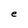
Character: e